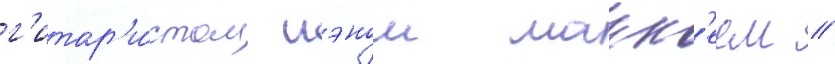
г'итар'и́стом иэном макк'еем //